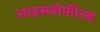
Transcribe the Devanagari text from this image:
आइसशेफ़ील्ड